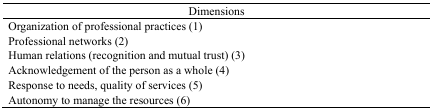
<table><thead><tr><td><b>Dimensions</b></td></tr></thead><tbody><tr><td>Organization of professional practices (1)</td></tr><tr><td>Professional networks (2)</td></tr><tr><td>Human relations (recognition and mutual trust) (3)</td></tr><tr><td>Acknowledgement of the person as a whole (4)</td></tr><tr><td>Response to needs, quality of services (5)</td></tr><tr><td>Autonomy to manage the resources (6)</td></tr></tbody></table>